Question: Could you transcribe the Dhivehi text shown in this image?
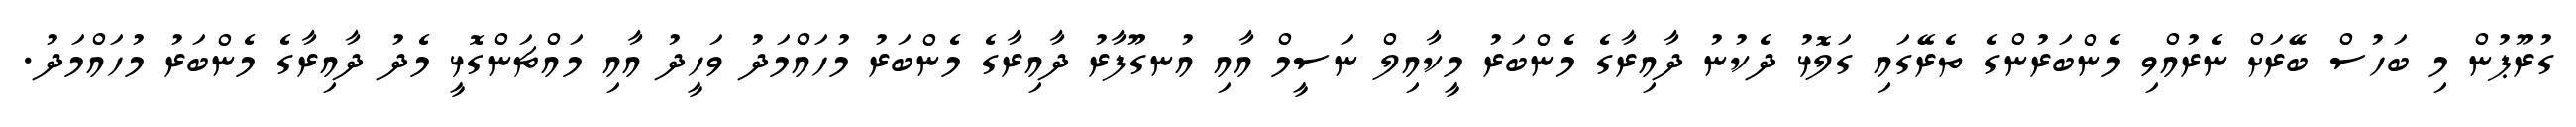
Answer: ގުރޫޕުން މި ބަހުސް ބޭރަށް ނެރުއްވި މެންބަރުންގެ ތެރޭގައި ގަލޮޅު ދެކުނު ދާއިރާގެ މެންބަރު މީކާއިލް ނަސީމް އާއި އުނގޫފާރު ދާއިރާގެ މެންބަރު މުހައްމަދު ވަހީދު އާއި މައްޗަންގޮޅީ މެދު ދާއިރާގެ މެންބަރު މުހައްމަދު.